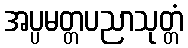
အပ္ပမတ္တပညာသုတ္တံ